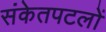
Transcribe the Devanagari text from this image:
संकेतपटलों